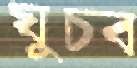
ঘুচব